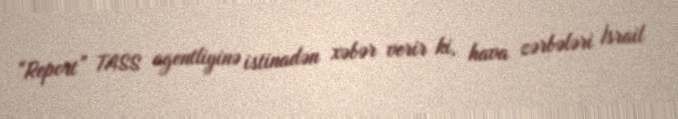
“Report” TASS agentliyinə istinadən xəbər verir ki, hava zərbələri İsrail